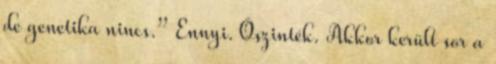
de genetika nincs.” Ennyi. Őszinték. Akkor került sor a